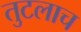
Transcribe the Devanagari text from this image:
तुटलाच